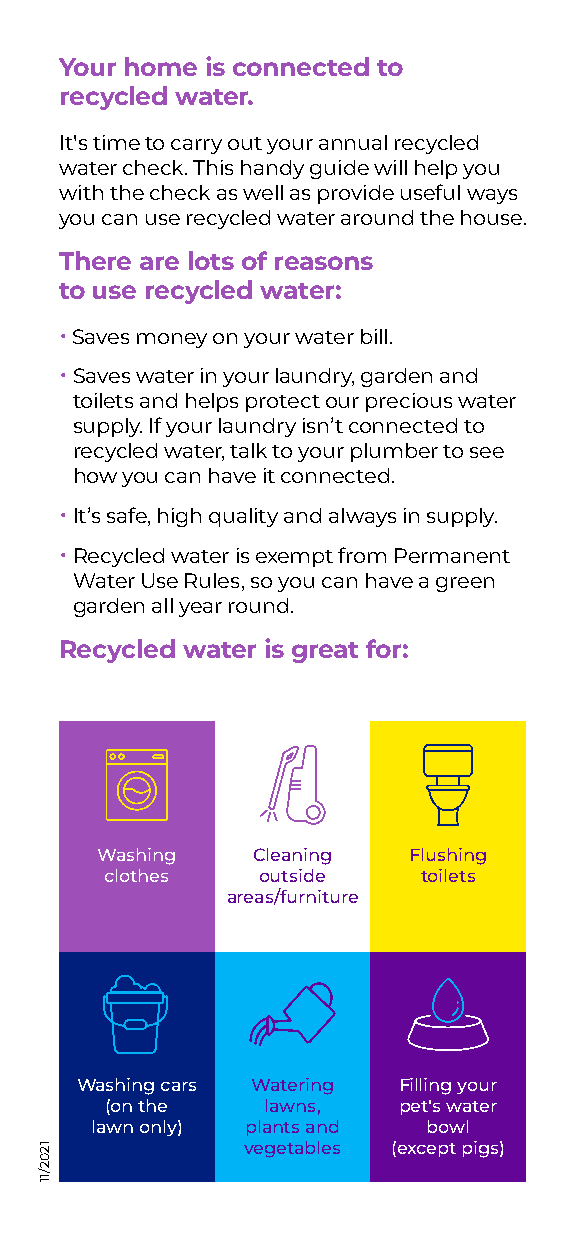
Your home is connected to
 recycled water.
 It's time to carry out your annual recycled
 water check. This handy guide will help you
 with the check as well as provide useful ways
 you can use recycled water around the house.
 There are lots of reasons
 to use recycled water:
 • Saves money on your water bill.
 • S aves water in your laundry, garden and
 toilets and helps protect our precious water
 supply. If your laundry isn’t connected to
 recycled water, talk to your plumber to see
 how you can have it connected.
 • I t’s safe, high quality and always in supply.
 • R ecycled water is exempt from Permanent
 Water Use Rules, so you can have a green
 garden all year round.
 Recycled water is great for:
 Washing    Cleaning  Flushing
 clothes   outside    toilets
 areas/furniture
 Washing cars Watering Filling your
 (on the   lawns,   pet's water
 lawn only) plants and bowl
 vegetables (except pigs) 1202/11